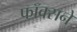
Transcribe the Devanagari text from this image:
फॉक्सने